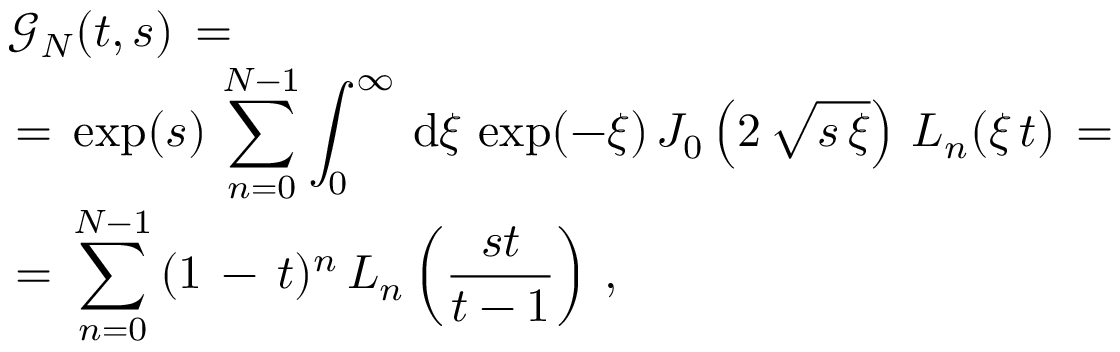
\begin{array} { l } { \displaystyle \mathcal { G } _ { N } ( t , s ) \, = \, } \\ { \, = \, \displaystyle \exp ( s ) \, \sum _ { n = 0 } ^ { N - 1 } \int _ { 0 } ^ { \infty } \, \mathrm { d } \xi \, \exp ( - \xi ) \, J _ { 0 } \left( 2 \, \sqrt { s \, \xi } \right) \, L _ { n } ( \xi \, { t } ) \, = \, } \\ { \, = \, \displaystyle \sum _ { n = 0 } ^ { N - 1 } \, ( 1 \, - \, t ) ^ { n } \, L _ { n } \left( \frac { s t } { t - 1 } \right) \, , } \end{array}